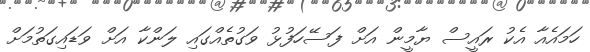
ހަމައެއާ އެކު ރައީސް ޔާމީން އަށް ފަސޭހަފުޅު ވަގުތެއްގައި ލަންކާ އަށް ވަޑައިގަތުމަށް